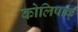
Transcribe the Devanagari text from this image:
कोलिपाक्